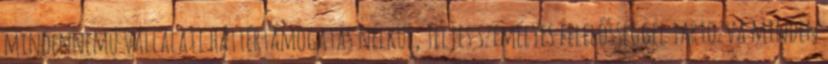
mindennemű vállalati háttértámogatás nélkül, teljes személyes felelősséggel tartozva minden